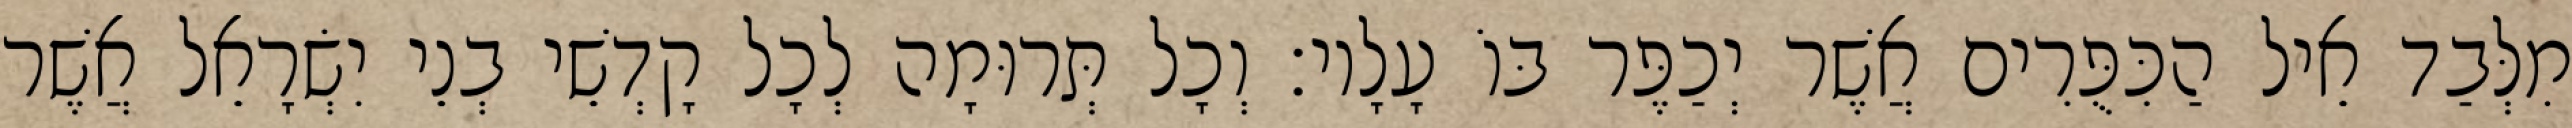
מִלְּבַד אֵיל הַכִּפֻּרִים אֲשֶׁר יְכַפֶּר בּוֹ עָלָיו׃ וְכָל תְּרוּמָה לְכָל קָדְשֵׁי בְנֵי יִשְׂרָאֵל אֲשֶׁר